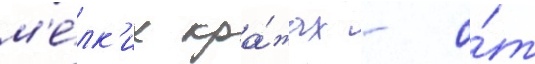
м'е́лк'их кра́жах - о́т